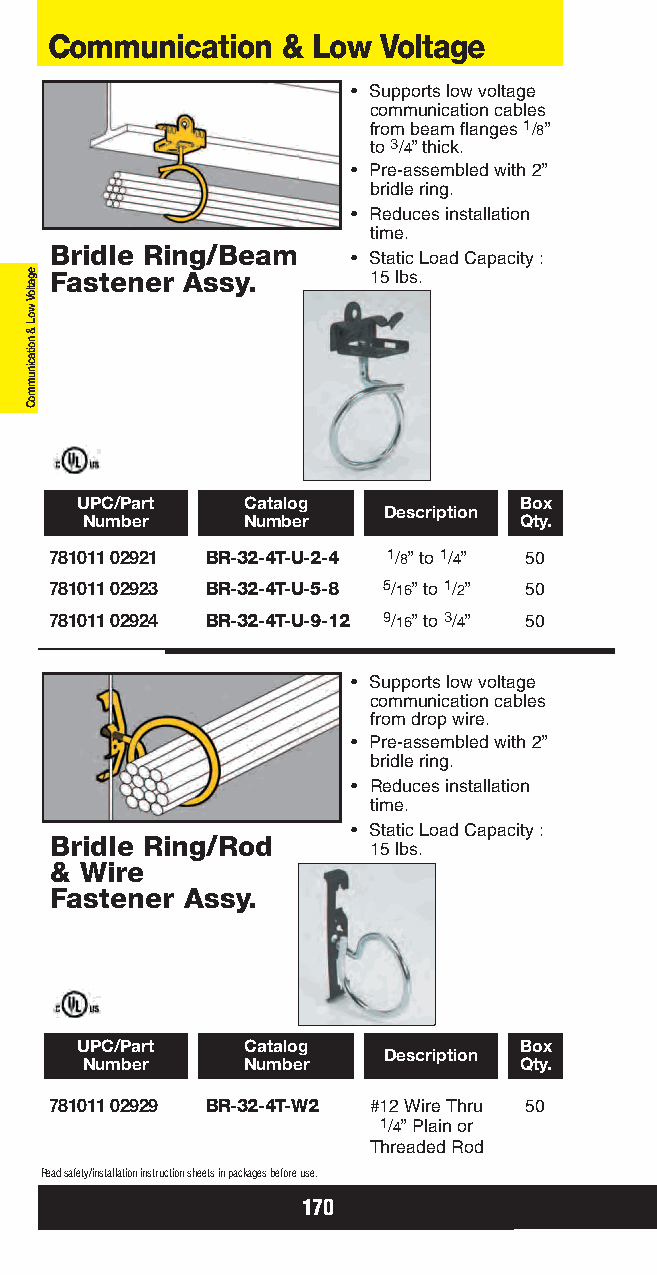
Communication   & Low Voltage
 • Supports low voltage
 communication cables
 from beam flanges 1/8”
 to 3/4” thick.
 • Pre-assembled with 2”
 bridle ring.
 • Reduces installation
 time.
 Bridle Ring/Beam
 • Static Load Capacity :
 Fastener Assy.       15 lbs.
 UPC/Part   Catalog           Box
 Description
 Number     Number            Qty.
 781011 02921 BR-32-4T-U-2-4 1/8” to 1/4” 50
 781011 02923 BR-32-4T-U-5-8 5/16” to 1/2” 50
 781011 02924 BR-32-4T-U-9-12 9/16” to 3/4” 50
 • Supports low voltage
 communication cables
 from drop wire.
 • Pre-assembled with 2”
 bridle ring.
 • Reduces installation
 time.
 • Static Load Capacity :
 Bridle Ring/Rod
 15 lbs.
 & Wire
 Fastener Assy.
 UPC/Part   Catalog           Box
 Description
 Number     Number            Qty.
 781011 02929 BR-32-4T-W2 #12 Wire Thru 50
 1/4” Plain or
 Threaded Rod
 Read safety/installation instruction sheets in packages before use.
 170
 egatloV
 woL
 &
 noitacinummoC